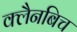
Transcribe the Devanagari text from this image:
क्लैनबिच